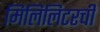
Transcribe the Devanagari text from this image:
मिलिलिटरची